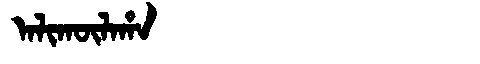
Manchu: ᠠᠯᡳᡴᡡᠯᠠᡥᠠ
Romanization: ALIKŪLAHA